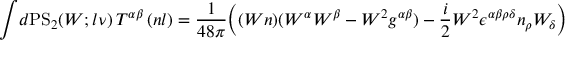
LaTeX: \int \! d \mathrm { P S } _ { 2 } ( W ; l \nu ) \, T ^ { \alpha \beta } \, ( n l ) = \frac { 1 } { 4 8 \pi } \Big ( ( W n ) ( W ^ { \alpha } W ^ { \beta } - W ^ { 2 } g ^ { \alpha \beta } ) - \frac { i } { 2 } W ^ { 2 } \epsilon ^ { \alpha \beta \rho \delta } n _ { \rho } W _ { \delta } \Big )